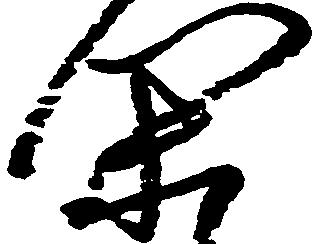
閑